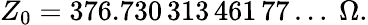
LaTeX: Z_{0}=376.730\, 313\, 461\, 77\ldots~\Omega.